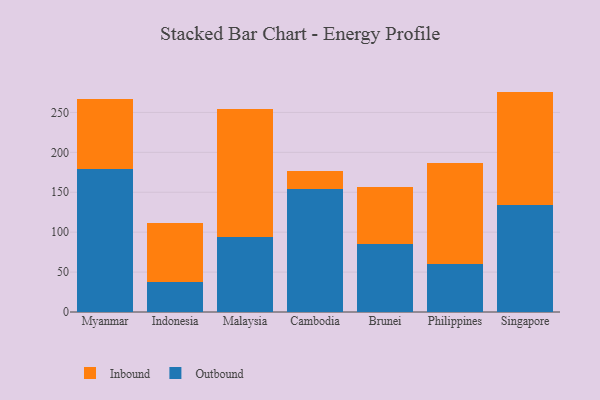
{"axis": {"x": "Country", "y": "Churn Rate (%)"}, "legend": ["Inbound", "Outbound"], "data": [{"x": "Myanmar", "y": 179.3, "type": "Outbound"}, {"x": "Myanmar", "y": 87.4, "type": "Inbound"}, {"x": "Indonesia", "y": 38.1, "type": "Outbound"}, {"x": "Indonesia", "y": 73.4, "type": "Inbound"}, {"x": "Malaysia", "y": 93.5, "type": "Outbound"}, {"x": "Malaysia", "y": 161.1, "type": "Inbound"}, {"x": "Cambodia", "y": 154.4, "type": "Outbound"}, {"x": "Cambodia", "y": 22.2, "type": "Inbound"}, {"x": "Brunei", "y": 85.6, "type": "Outbound"}, {"x": "Brunei", "y": 70.7, "type": "Inbound"}, {"x": "Philippines", "y": 60.2, "type": "Outbound"}, {"x": "Philippines", "y": 126.1, "type": "Inbound"}, {"x": "Singapore", "y": 134.0, "type": "Outbound"}, {"x": "Singapore", "y": 142.1, "type": "Inbound"}]}